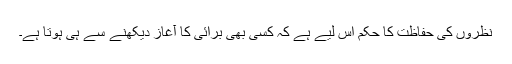
نظروں کی حفاظت کا حکم اس لیے ہے کہ کسی بھی برائی کا آغاز دیکھنے سے ہی ہوتا ہے۔